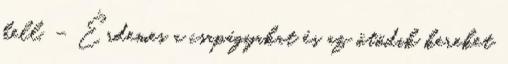
kell. – Érdemes a csapágyakat és az ötödik kereket